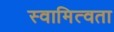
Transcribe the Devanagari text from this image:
स्वामित्वता